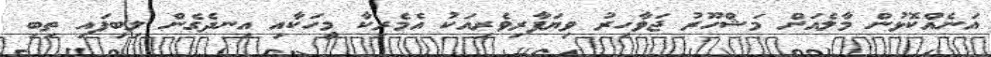
އަނެއްކޮޅުން މާލެއަށް މަޝްހޫރު ޖަވާހިރު ވިޔަފާރިވެރިއަކު އެމެރިކާ މީހަކާއި އިނދެގެން ލިބިފައި ތިބި